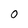
Character: 0